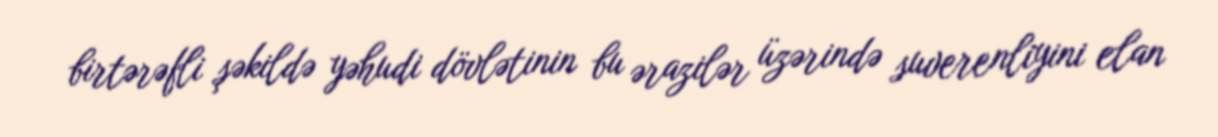
birtərəfli şəkildə yəhudi dövlətinin bu ərazilər üzərində suverenliyini elan